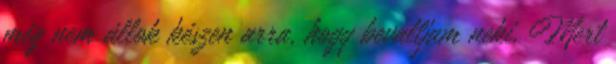
még nem állok készen arra, hogy bevalljam neki. Mert